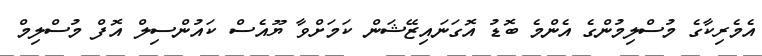
އެމެރިކާގެ މުސްލިމުންގެ އެންމެ ބޮޑު އޮގަނައިޒޭޝަން ކަމަށްވާ ޔޫއެސް ކައުންސިލް އޮފް މުސްލިމް